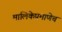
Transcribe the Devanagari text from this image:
मालिकेप्रमाणेच